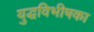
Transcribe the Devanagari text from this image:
युद्धविभीषका